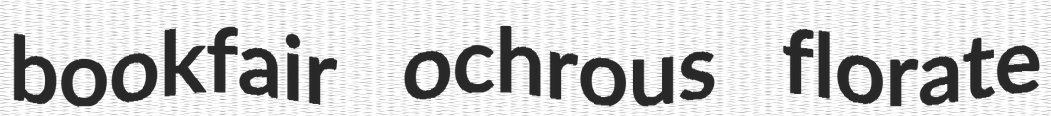
bookfair ochrous florate